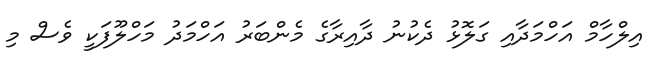
އިލްހާމް އަހްމަދާއި ގަލޮޅު ދެކުނު ދާއިރާގެ މެންބަރު އަހްމަދު މަހްލޫފަކީ ވެސް މި